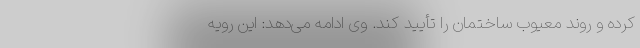
کرده و روند معیوب ساختمان را تأیید کند. وی ادامه می‌دهد: این رویه